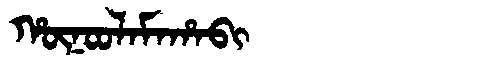
Manchu: ᡥᡡᠨᠣᠣᠯᠠᠮᠠᡥᠠᠪᡳ
Romanization: HŪNOOLAMAHABI